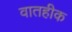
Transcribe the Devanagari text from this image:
वातहीक